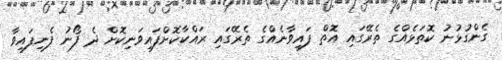
ގެންގުޅުނު ކޮތަޅެއްގެ ތެރޭގައި އޮތް ފައިވާނެއްގެ ތެރޭގައި ރައްކާކޮށްފައިވަނިކޮށް ދެ ފޯނު ފެނިފައިވާ